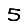
Digit: 5